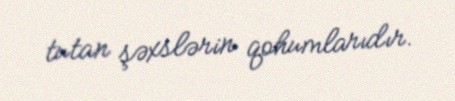
tutan şəxslərin qohumlarıdır.